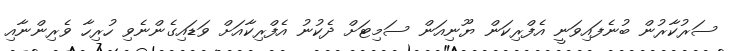
ސަރުކާރުން ބުނެފައިވަނީ އެފްރިކަން ޔޫނިއަން ސަމިޓަށް ދެކުނު އެފްރިކާއަށް ވަޑައިގެންނެވި ހުރިހާ ވެރިންނާއި